Indian journal of veterinary science and animal husbandry - Volume 13,
Year: 1943
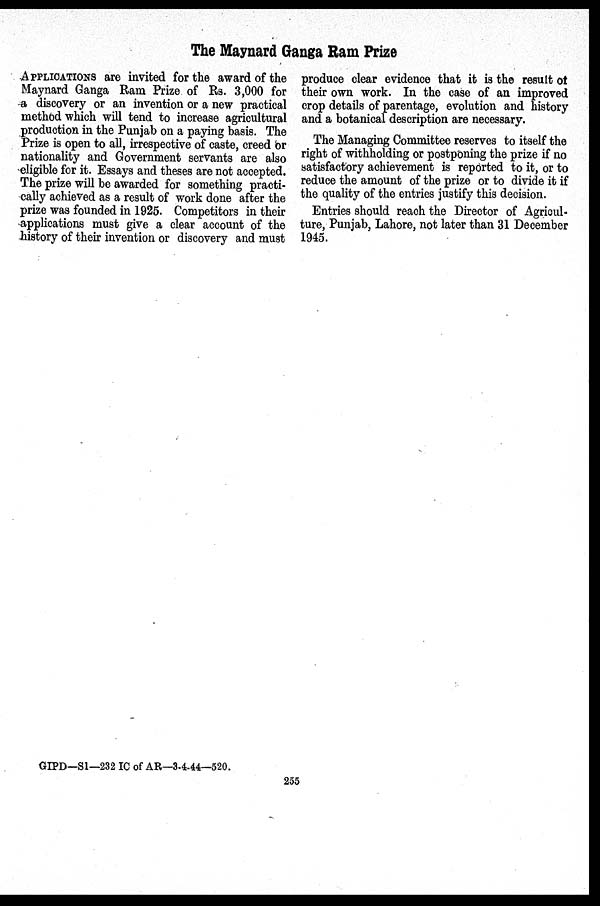
The Maynard Ganga Ram Prize
APPLICATIONS are invited for the award of the
Maynard Ganga Ram Prize of Rs. 3,000 for
a discovery or an invention or a new practical
method which will tend to increase agricultural
production in the Punjab on a paying basis. The
Prize is open to all, irrespective of caste, creed or
nationality and Government servants are also
eligible for it. Essays and theses are not accepted.
The prize will be awarded for something practi-
cally achieved as a result of work done after the
prize was founded in 1925. Competitors in their
applications must give a clear account of the
history of their invention or discovery and must
produce clear evidence that it is the result of
their own work. In the case of an improved
crop details of parentage, evolution and history
and a botanical description are necessary.
The Managing Committee reserves to itself the
right of withholding or postponing the prize if no
satisfactory achievement is reported to it, or to
reduce the amount of the prize or to divide it if
the quality of the entries justify this decision.
Entries should reach the Director of Agricul-
ture, Punjab, Lahore, not later than 31 December
1945.
GIPD—S1—232 IC of AR—3-4-44—520.
255